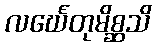
လင်္ဃေတုမိစ္ဆသိ